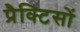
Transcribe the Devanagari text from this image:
प्रैक्टिसों